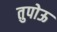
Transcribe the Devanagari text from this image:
तुपोऊ